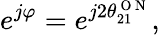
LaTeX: e^{j\varphi}=e^{j2\theta_{21}^{\mathrm{~O~N~}}},